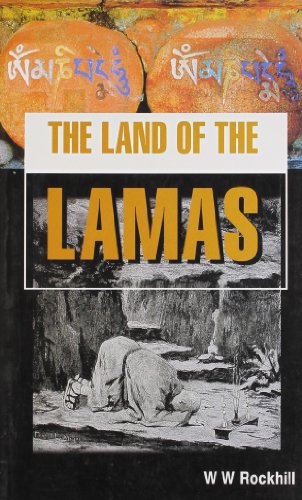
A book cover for The Land of the Lamas: Notes of a Journey Through China, Tibet and Mongolia; W. Woodville Rockhill; Travel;